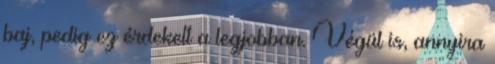
baj, pedig ez érdekelt a legjobban. Végül is, annyira